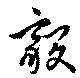
毅